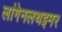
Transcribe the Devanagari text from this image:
लांगेनलथइमर